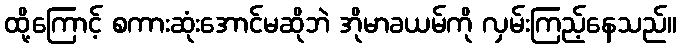
ထို့ကြောင့် စကားဆုံးအောင်မဆိုဘဲ အိုမာခယမ်ကို လှမ်းကြည့်နေသည်။